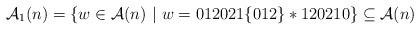
LaTeX: \begin{align*}\mathcal{A}_1(n)=\{w\in \mathcal{A}(n) ~|~ w=012021\{012\}*120210\}\subseteq\mathcal{A}(n)\end{align*}